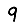
Digit: 9